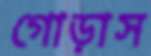
গোড়াস